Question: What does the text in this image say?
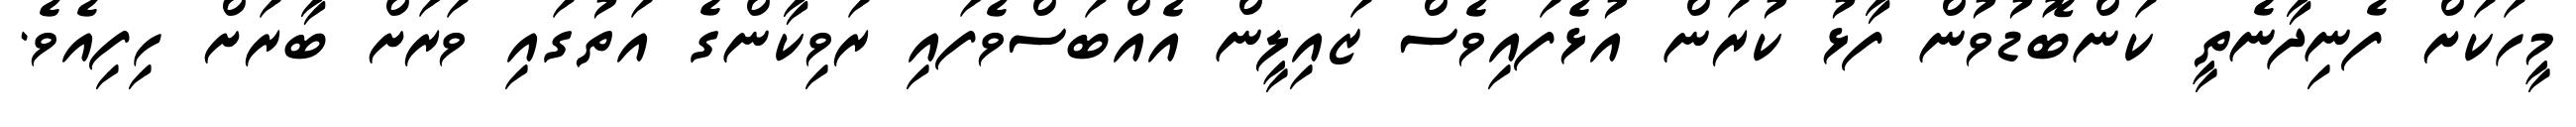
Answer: މީހަކަށް ފެނިދާނެތީ ކަންބޮޑުވުން ފާޅު ކުރަން އުޅެފައިވެސް ޒައިލީން އެއްބަސްވެފައި ރަވިކާންގެ އަތުގައި ވަރަށް ބާރަށް ހިފިއެވެ.